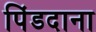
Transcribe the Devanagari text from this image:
पिंडदाना